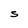
Character: S